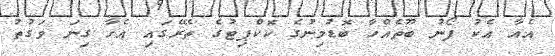
އެއާ އެކު ފޯނު ބޫތެއްހާ ބޮޑުމިނުގެ ކޮކްޕިޓުގެ ތެރޭގައި އެހާ ގިނަ ވަގުތު